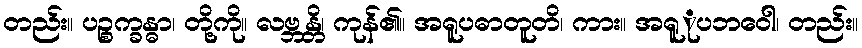
တည်း။ ပဉ္စက္ခန္ဓာ၊ တို့ကို။ လဗ္ဘန္တိ၊ ကုန်၏။ အရူပဓာတူတိ၊ ကား။ အရူုပဘဝေါ၊ တည်း။